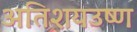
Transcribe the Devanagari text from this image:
अतिशयउष्ण